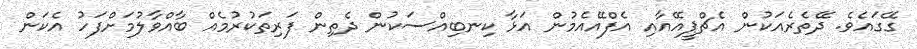
ގޭގައެވެ. ދޭތެރެއަކުން އެޗްޕީއޭއާއި އެފްއޭއެމުން އަޅާ ކިނބިއްސަކުން ދެތިން ފަރިތަކުރުމެއް ބާއްވާލުމަށްފަހު އެކަން